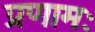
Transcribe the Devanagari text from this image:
प्रणामः